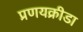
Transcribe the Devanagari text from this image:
प्रणयक्रीडा